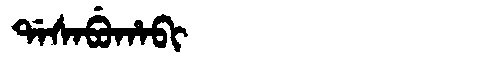
Manchu: ᡩᠠᠰᠠᠪᡠᡥᠠᠪᡳ
Romanization: DASABUHABI